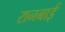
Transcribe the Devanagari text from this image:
रानबाई